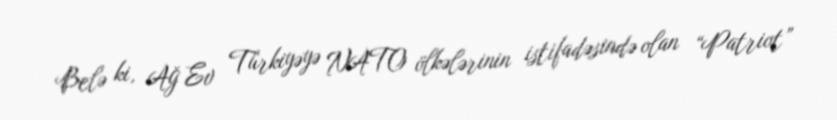
Belə ki, Ağ Ev Türkiyəyə NATO ölkələrinin istifadəsində olan “Patriot”